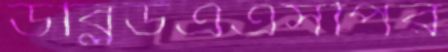
ডব্লিউএএসপির